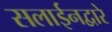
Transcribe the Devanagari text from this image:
सलाईनद्वारे